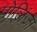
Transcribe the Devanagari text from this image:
पोलिंजा